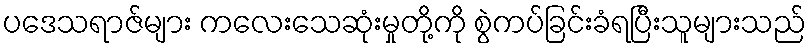
ပဒေသရာဇ်များ ကလေးသေဆုံးမှုတို့ကို စွဲကပ်ခြင်းခံရပြီးသူများသည်